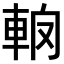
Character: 𨋦